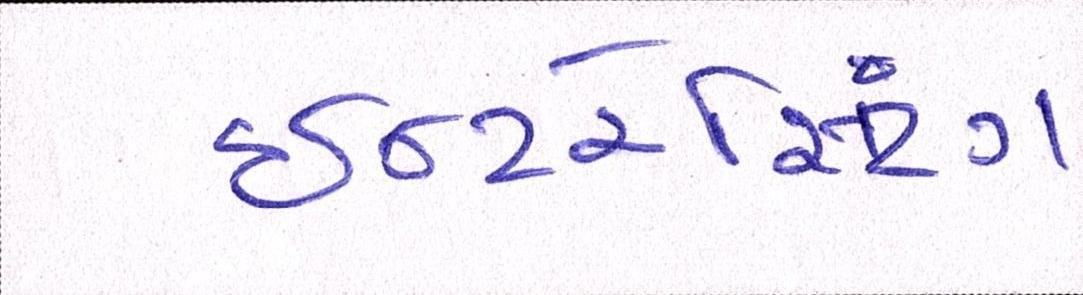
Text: ઇન્ટરેસ્ટિંગ